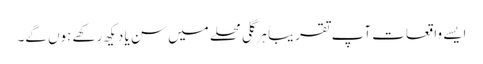
ایسے واقعات آپ تقریباً ہر گلی محلے میں سن یا دیکھ رکھے ہوں گے۔